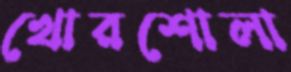
খোরশোলা